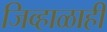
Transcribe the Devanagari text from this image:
जिव्हाळाही